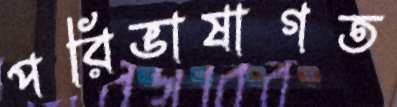
পরিভাষাগত